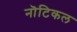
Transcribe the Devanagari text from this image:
नॊटिकल